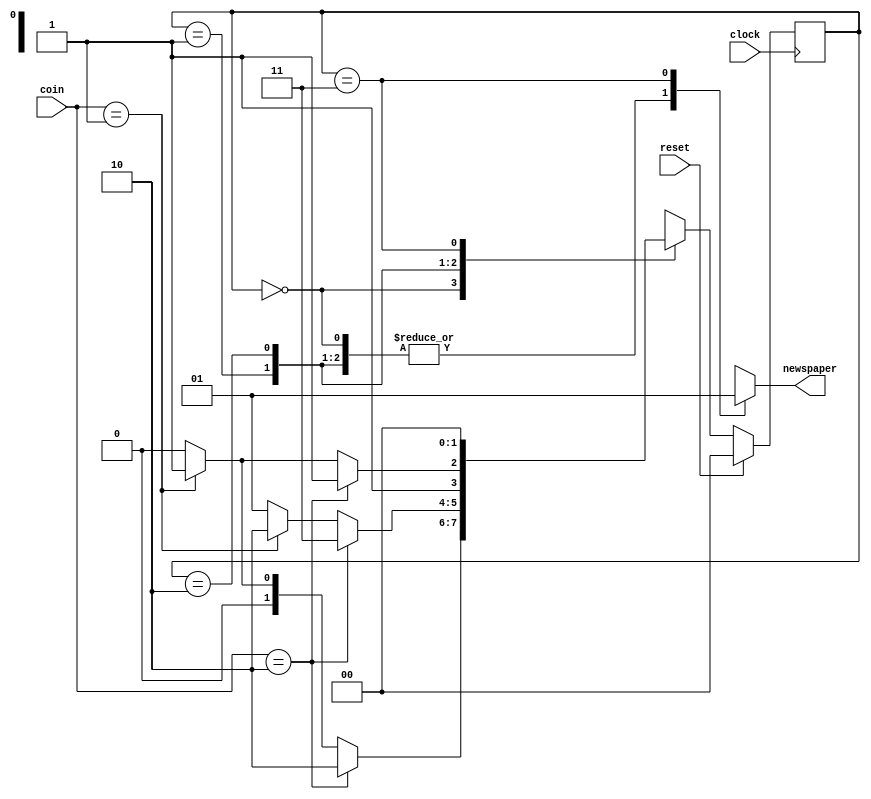
`timescale 1ns / 1ps
//////////////////////////////////////////////////////////////////////////////////
// Company: 
// Engineer: 
// 
// Design Name: 
// Module Name: vend
// Project Name: 
// Target Devices: 
// Tool Versions: 
// Description: 
// 
// Dependencies: 
// 
// Revision:
// Revision 0.01 - File Created
// Additional Comments:
// 
//////////////////////////////////////////////////////////////////////////////////


module vend(coin, clock, reset, newspaper);

input [1:0] coin;
input clock;
input reset;
output newspaper;
wire newspaper;

wire [1:0] NEXT_STATE;
reg [1:0] PRES_STATE;

parameter s0 = 2'b00,
          s5 = 2'b01,
          s10 = 2'b10,
          s15 = 2'b11;
assign {newspaper, NEXT_STATE} = fsm(coin, PRES_STATE);

always @ (posedge clock)
begin
    if (reset == 1'b1)
        PRES_STATE <= s0;
    else
        PRES_STATE <= NEXT_STATE;
end

function [2:0] fsm;
    input [1:0] fsm_coin;
    input [1:0] fsm_PRES_STATE;
    
    reg fsm_newspaper;
    reg [1:0] fsm_NEXT_STATE;
    
begin
    case (fsm_PRES_STATE)
    s0: begin
            if (fsm_coin == 2'b10)
            begin
                fsm_newspaper = 1'b0;
                fsm_NEXT_STATE = s10;
            end
            else if (fsm_coin == 2'b01)
            begin
                fsm_newspaper = 1'b0;
                fsm_NEXT_STATE = s5;
            end
            else
            begin
                fsm_newspaper = 1'b0;
                fsm_NEXT_STATE = s0;
            end
        end
    s5: begin
            if (fsm_coin == 2'b10)
            begin
                fsm_newspaper = 1'b0;
                fsm_NEXT_STATE = s15;
            end
            else if (fsm_coin == 2'b01)
            begin
                fsm_newspaper = 1'b0;
                fsm_NEXT_STATE = s10;
            end
            else
            begin
                fsm_newspaper = 1'b0;
                fsm_NEXT_STATE = s5;
            end
        end
    s10: begin
            if (fsm_coin == 2'b10)
            begin
                fsm_newspaper = 1'b0;
                fsm_NEXT_STATE = s15;
            end
            else if (fsm_coin == 2'b01)
            begin
                fsm_newspaper = 1'b0;
                fsm_NEXT_STATE = s15;
            end
            else
            begin
                fsm_newspaper = 1'b0;
                fsm_NEXT_STATE = s10;
            end
        end
    s15: begin
            fsm_newspaper = 1'b1;
            fsm_NEXT_STATE = s0;
        end
    endcase
    fsm = {fsm_newspaper, fsm_NEXT_STATE};
end 
endfunction

endmodule